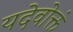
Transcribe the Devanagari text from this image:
यदेवोक्तं